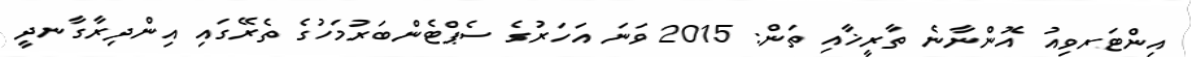
އިންޓަރވިއު އޮންނާނެ ތާރީޚާއި ތަން: 2015 ވަނަ އަހަރުގެ ސެޕްޓެންބަރުމަހުގެ ތެރޭގައި އިންދިރާގާނދީ